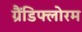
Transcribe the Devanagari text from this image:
ग्रैंडिफ्लोरम